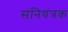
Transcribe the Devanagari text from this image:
संनियंत्रक